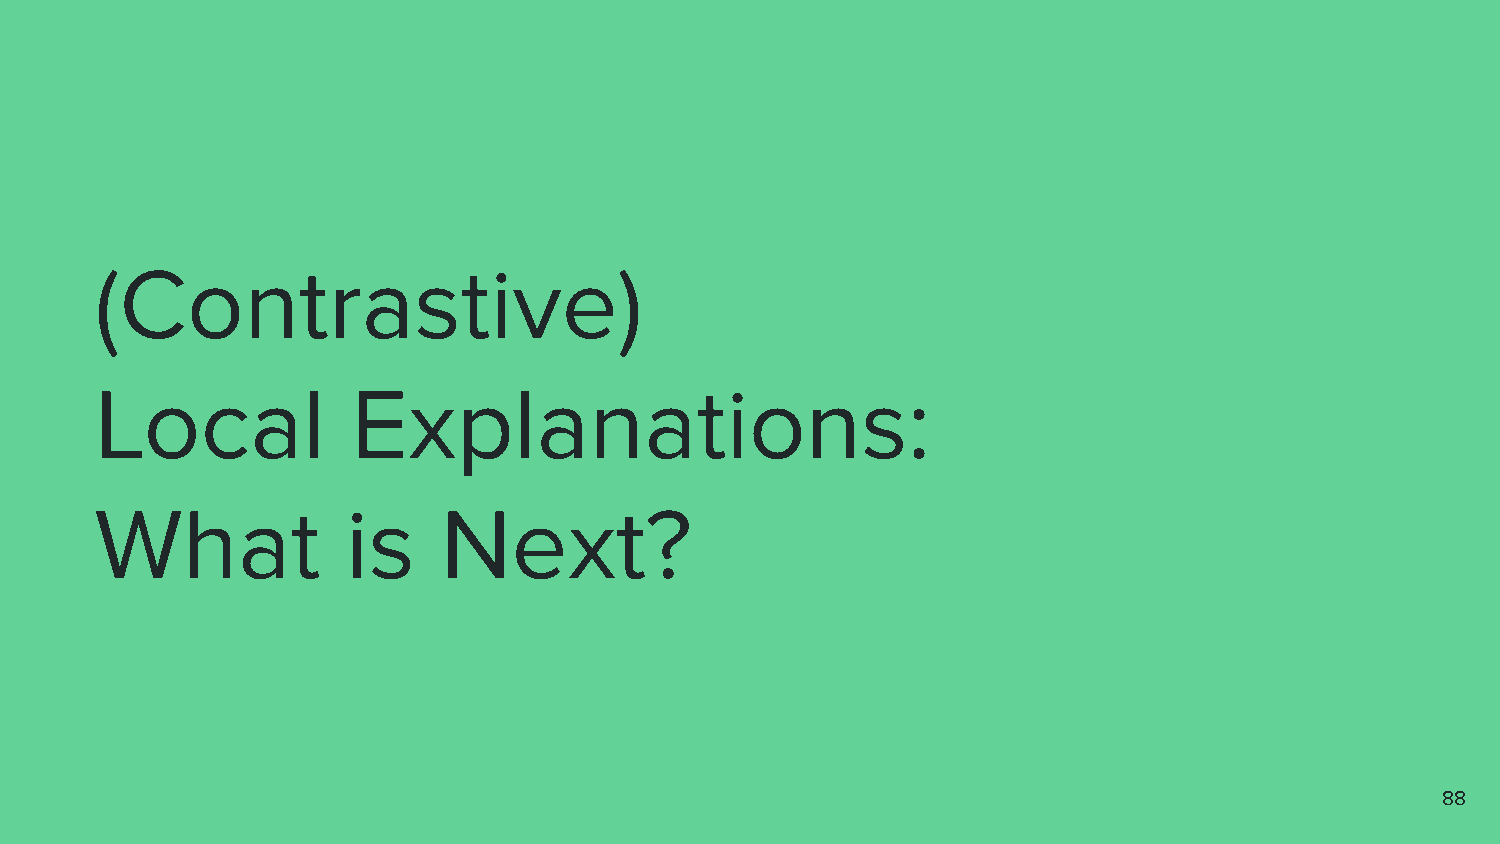
(Contrastive)
 Local            Explanations:
 What             is    Next?
 88